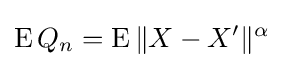
\operatorname {E} Q_{n}=\operatorname {E} \|X-X'\|^{\alpha }